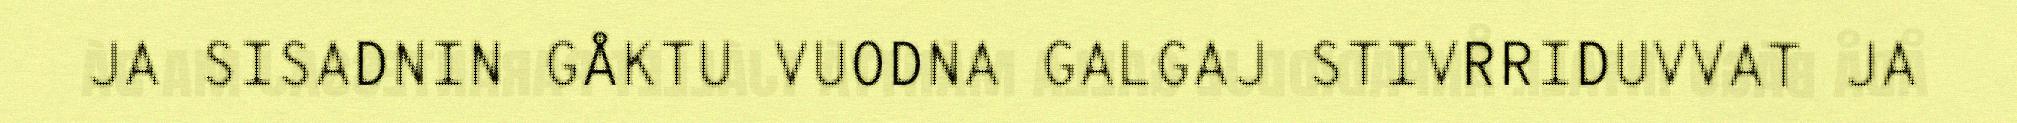
JA SISADNIN GÅKTU VUODNA GALGAJ STIVRRIDUVVAT JA